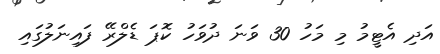
އަދި އެޓީމު މި މަހު 30 ވަނަ ދުވަހު ކޮޕަ ޑެލްރޭ ފައިނަލުގައި